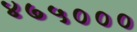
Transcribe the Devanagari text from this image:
४७५०००